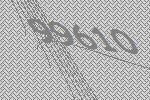
99610